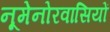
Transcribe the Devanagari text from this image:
नूमेनोरवासियों